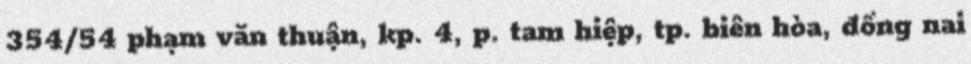
354/54 phạm văn thuận, kp. 4, p. tam hiệp, tp. biên hòa, đồng nai